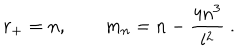
r _ { + } = n , \qquad m _ { n } = n - { \frac { 4 n ^ { 3 } } { l ^ { 2 } } } \ .